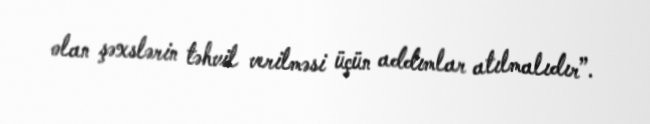
olan şəxslərin təhvil verilməsi üçün addımlar atılmalıdır”.